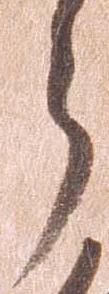
郎